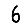
Digit: 6